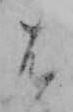
は